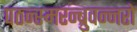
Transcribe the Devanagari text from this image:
पठन्स्मरन्ब्रुवन्नरो